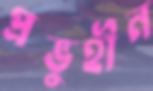
প্রভুহীন